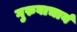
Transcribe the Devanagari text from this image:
गुरुवाचार्य